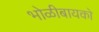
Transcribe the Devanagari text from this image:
भोळीबायको